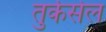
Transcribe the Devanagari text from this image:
तुर्कसेल